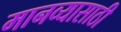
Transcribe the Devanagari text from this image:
मानव्यासाठी